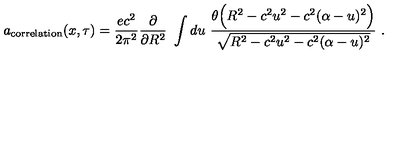
a _ { \mathrm { c o r r e l a t i o n } } ( x , \tau ) = \frac { e c ^ { 2 } } { 2 \pi ^ { 2 } } \frac { \partial } { \partial R ^ { 2 } } \ \int d u \ \frac { \theta \Bigl ( R ^ { 2 } - c ^ { 2 } u ^ { 2 } - c ^ { 2 } ( \alpha - u ) ^ { 2 } \Bigr ) } { \sqrt { R ^ { 2 } - c ^ { 2 } u ^ { 2 } - c ^ { 2 } ( \alpha - u ) ^ { 2 } } } \ .